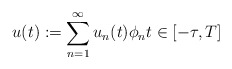
\begin{align*} u(t) := \sum_{n = 1}^{\infty} u_{n}(t) \phi_{n} t \in [-\tau, T] \end{align*}